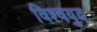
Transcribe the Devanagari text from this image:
विश्‍वयुद